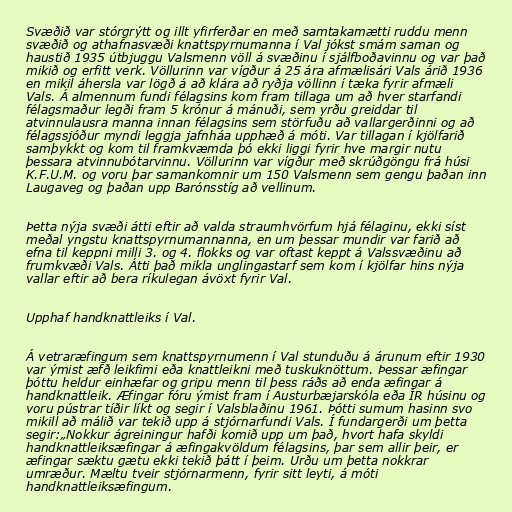
Svæðið var stórgrýtt og illt yfirferðar en með samtakamætti ruddu menn
svæðið og athafnasvæði knattspyrnumanna í Val jókst smám saman og
haustið 1935 útbjuggu Valsmenn völl á svæðinu í sjálfboðavinnu og var það
mikið og erfitt verk. Völlurinn var vígður á 25 ára afmælisári Vals árið 1936
en mikil áhersla var lögð á að klára að ryðja völlinn í tæka fyrir afmæli
Vals. Á almennum fundi félagsins kom fram tillaga um að hver starfandi
félagsmaður legði fram 5 krónur á mánuði, sem yrðu greiddar til
atvinnulausra manna innan félagsins sem störfuðu að vallargerðinni og að
félagssjóður myndi leggja jafnháa upphæð á móti. Var tillagan í kjölfarið
samþykkt og kom til framkvæmda þó ekki liggi fyrir hve margir nutu
þessara atvinnubótarvinnu. Völlurinn var vígður með skrúðgöngu frá húsi
K.F.U.M. og voru þar samankomnir um 150 Valsmenn sem gengu þaðan inn
Laugaveg og þaðan upp Barónsstíg að vellinum.

Þetta nýja svæði átti eftir að valda straumhvörfum hjá félaginu, ekki síst
meðal yngstu knattspyrnumannanna, en um þessar mundir var farið að
efna til keppni milli 3. og 4. flokks og var oftast keppt á Valssvæðinu að
frumkvæði Vals. Átti það mikla unglingastarf sem kom í kjölfar hins nýja
vallar eftir að bera ríkulegan ávöxt fyrir Val.

Upphaf handknattleiks í Val.

Á vetraræfingum sem knattspyrnumenn í Val stunduðu á árunum eftir 1930
var ýmist æfð leikfimi eða knattleikni með tuskuknöttum. Þessar æfingar
þóttu heldur einhæfar og gripu menn til þess ráðs að enda æfingar á
handknattleik. Æfingar fóru ýmist fram í Austurbæjarskóla eða ÍR húsinu og
voru pústrar tíðir líkt og segir í Valsblaðinu 1961. Þótti sumum hasinn svo
mikill að málið var tekið upp á stjórnarfundi Vals. Í fundargerði um þetta
segir:„Nokkur ágreiningur hafði komið upp um það, hvort hafa skyldi
handknattleiksæfingar á æfingakvöldum félagsins, þar sem allir þeir, er
æfingar sæktu gætu ekki tekið þátt í þeim. Urðu um þetta nokkrar
umræður. Mæltu tveir stjórnarmenn, fyrir sitt leyti, á móti
handknattleiksæfingum.